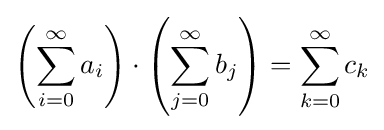
\left(\sum _{i=0}^{\infty }a_{i}\right)\cdot \left(\sum _{j=0}^{\infty }b_{j}\right)=\sum _{k=0}^{\infty }c_{k}